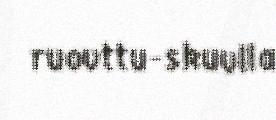
ruovttu-skuvlla